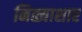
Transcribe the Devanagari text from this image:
निळ्याशार